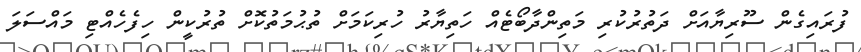
ފުރައިގެން ސޫރިޔާއަށް ދަތުރުކުރި މަތިންދާބޯޓެއް ހަތިޔާރު ހުރިކަމަށް ތުޙުމަތުކޮށް ތުރުކީން ހިފެހެއްޓި މައްސަލަ